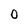
Character: 0